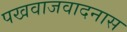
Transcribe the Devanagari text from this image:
पखवाजवादनास